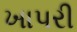
ખાપરી